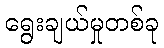
ရွေးချယ်မှုတစ်ခု